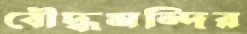
বৌদ্ধমন্দির